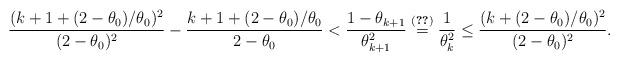
LaTeX: \begin{align*} \frac{(k+1+(2-\theta_0)/\theta_0)^2}{(2-\theta_0)^2} -\frac{k+1+(2-\theta_0)/\theta_0}{2-\theta_0}< \frac{1-\theta_{k+1}}{\theta_{k+1}^2} \overset{\eqref{arectheta}}{=} \frac{1}{\theta_k^2} \leq \frac{(k+(2-\theta_0)/\theta_0)^2}{(2-\theta_0)^2}.\end{align*}